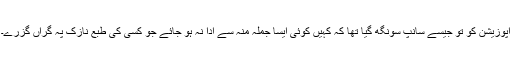
اپوزیشن کو تو جیسے سانپ سونگھ گیا تھا کہ کہیں کوئی ایسا جملہ منہ سے ادا نہ ہو جائے جو کسی کی طبعِ نازک پہ گراں گزرے۔